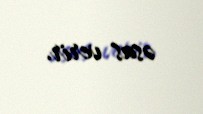
əsas verir.